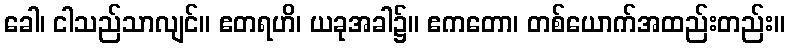
ခေါ၊ ငါသည်သာလျင်။ ဧတရဟိ၊ ယခုအခါ၌။ ဧကတော၊ တစ်ယောက်အထည်းတည်း။